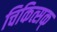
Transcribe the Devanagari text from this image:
चिकित्सक्